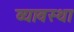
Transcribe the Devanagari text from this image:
व्यावस्था